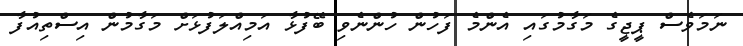
ނަމަވެސް ޕީޖީގެ މަގާމުގައި އެންމެ ފަހުން ހުންނެވި ބޭފުޅާ އަމިއްލަފުޅަށް މަގާމުން އިސްތިއުފާ